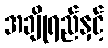
အချိုရည်နှင့်